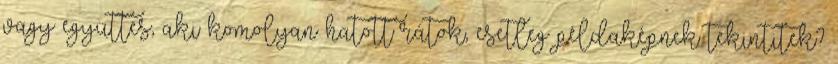
vagy együttes, aki komolyan hatott rátok, esetleg példaképnek tekintitek?